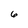
Character: 6